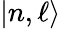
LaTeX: |n,\ell\rangle